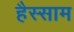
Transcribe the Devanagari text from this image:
हैस्साम